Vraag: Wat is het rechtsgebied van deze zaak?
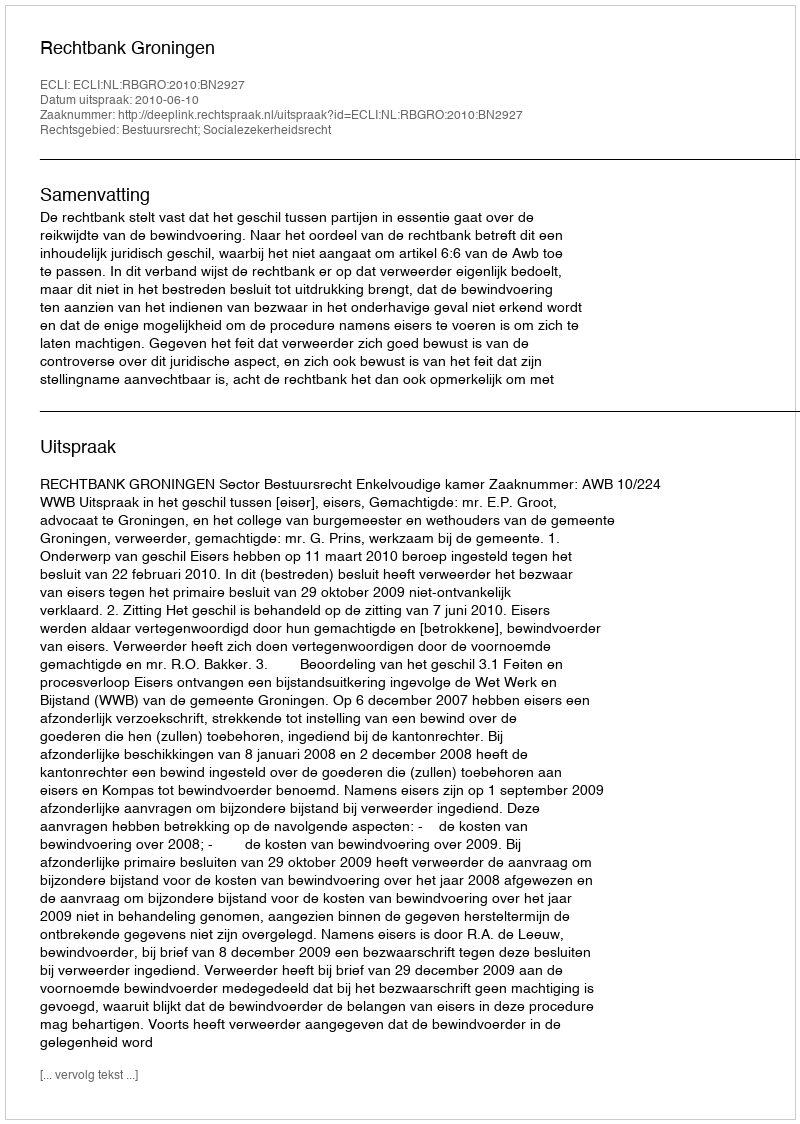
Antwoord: Bestuursrecht; Socialezekerheidsrecht